Senior Leaving Certificate Examination (including Day School Certificate (Higher) General paper), 1946
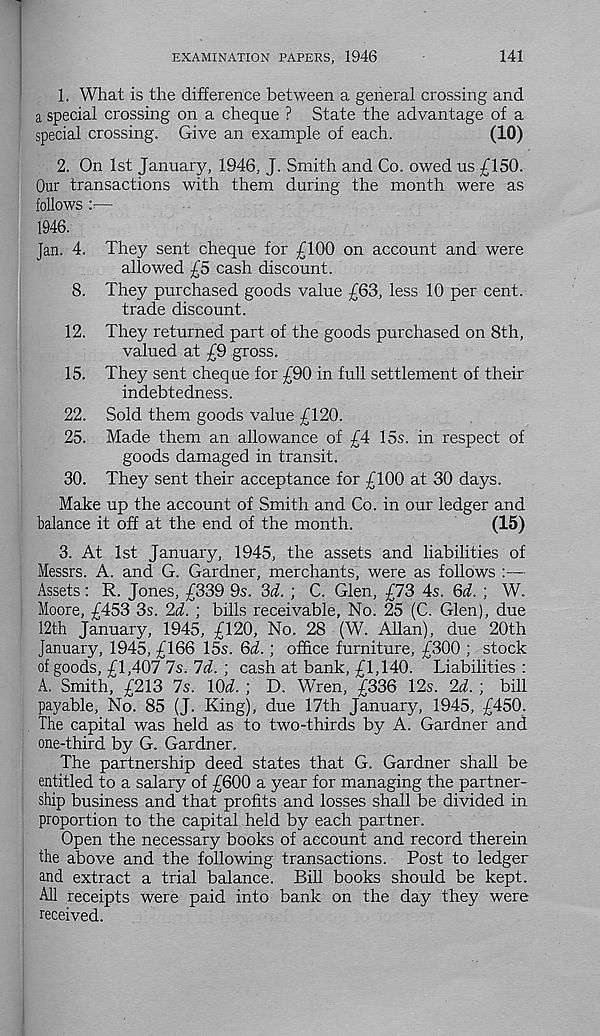
EXAMINATION PAPERS, 1946
141
1. What is the difference between a general crossing and
a special crossing on a cheque ? State the advantage of a
special crossing. Give an example of each.
(10)
2. On 1st January, 1946, J. Smith and Co. owed us £150.
Our transactions with them during the month were as
follows r—
1946.
Jan. 4. They sent cheque for £100 on account and were
allowed £5 cash discount.
8. They purchased goods value £63, less 10 per cent,
trade discount.
12. They returned part of the goods purchased on 8th,
valued at £9 gross.
15. They sent cheque for £90 in full settlement of their
indebtedness.
22. Sold them goods value £120.
25. Made them an allowance of £4 15s. in respect of
goods damaged in transit.
30. They sent their acceptance for £100 at 30 days.
Make up the account of Smith and Co. in our ledger and
balance it off at the end of the month.
(15)
3. At 1st January, 1945, the assets and liabilities of
Messrs. A. and G. Gardner, merchants, were as follows :—
Assets: R. Jones, £339 9s. 3d. ; C. Glen, £73 4s. Qd. ; W.
Moore, £453 3s. 2d. ; bills receivable, No. 25 (C. Glen), due
12th January, 1945, £120, No. 28 (W. Allan), due 20th
January, 1945, £166 15s. Qd.; office furniture, £300 ; stock
of goods, £1,407 7s. Id. ; cash at bank, £1,140. Liabilities :
A. Smith, £213 7s. 10^. ; D. Wren, £336 12s. 2d. ; bill
payable, No. 85 (J. King), due 17th January, 1945, £450.
The capital was held as to two-thirds by A. Gardner and
one-third by G. Gardner.
The partnership deed states that G. Gardner shall be
entitled to a salary of £600 a year for managing the partner-
ship business and that profits and losses shall be divided in
proportion to the capital held by each partner.
Open the necessary books of account and record therein
the above and the following transactions. Post to ledger
and extract a trial balance. Bill books should be kept.
All receipts were paid into bank on the day they were
received.